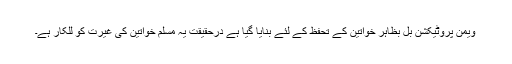
ویمن پروٹیکشن بل بظاہر خواتین کے تحفظ کے لئے بنایا گیا ہے درحقیقت یہ مسلم خواتین کی غیرت کو للکار ہے۔